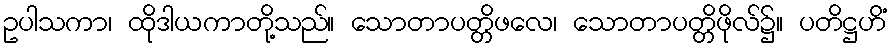
ဥပါသကာ၊ ထိုဒါယကာတို့သည်။ သောတာပတ္တိဖလေ၊ သောတာပတ္တိဖိုလ်၌။ ပတိဋ္ဌဟိံ